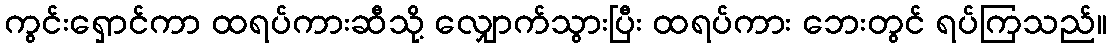
ကွင်းရှောင်ကာ ထရပ်ကားဆီသို့ လျှောက်သွားပြီး ထရပ်ကား ဘေးတွင် ရပ်ကြသည်။